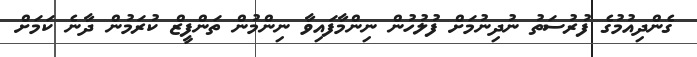
ގެންދިއުމުގެ ފުރުސަތު ނުދިނުމަށް ފުލުހުން ނިންމާފައިވާ ނިންމުން ތަންފީޒް ކުރަމުން ދާނެ ކަމަށް